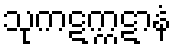
သုကဋက္ကဋာနံ